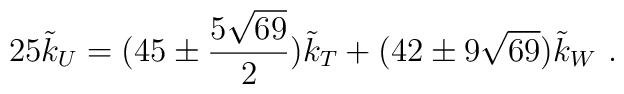
25{\tilde{k}_U}=(45\pm\frac{5\sqrt{69}}{2})\tilde{k}_T+(42\pm9\sqrt{69})\tilde{k}_W~.